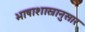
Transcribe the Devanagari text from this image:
भाषाशास्रानुसार